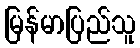
မြန်မာပြည်သူ